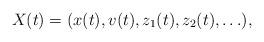
LaTeX: \begin{align*}X(t)=(x(t), v(t), z_1(t), z_2(t), \ldots), \end{align*}